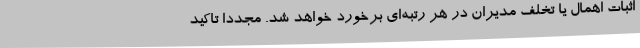
اثبات اهمال یا تخلف مدیران در هر رتبه‌ای برخورد خواهد شد. مجددا تاکید